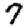
Digit: 7